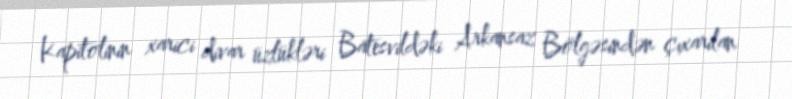
Kapitolinin xarici divar üzlükləri Batesvildəki Arkansaz Bölgəsindən çıxarılan